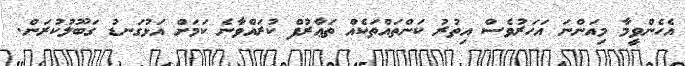
އެހެންވީމާ މިއަންނަ އަހަރުވެސް އިތުރު ކަންތައްތަކެއް ތަޢާރުފް ކުރައްވާނެ ކަމަށް އަޅުގަނޑު ގަބޫލުކުރަން.